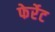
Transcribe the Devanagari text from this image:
फेर्रेट